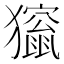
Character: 𤢱